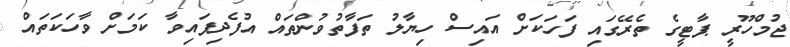
ޖުމްހޫރީ ޕާޓީގެ ތެރޭގައި ފަހަކަށް އައިސް ހިޔާލު ތަފާތުވުންތައް އުފެދިފައިވާ ކަމަށް ވާހަކަތައް